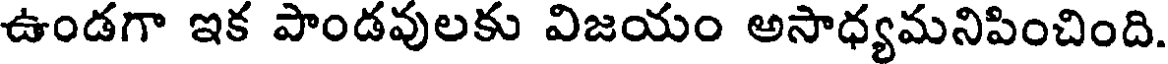
ఉండగా ఇక పాండవులకు విజయం అసాధ్యమనిపించింది.